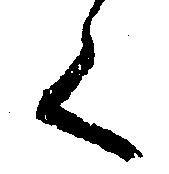
く